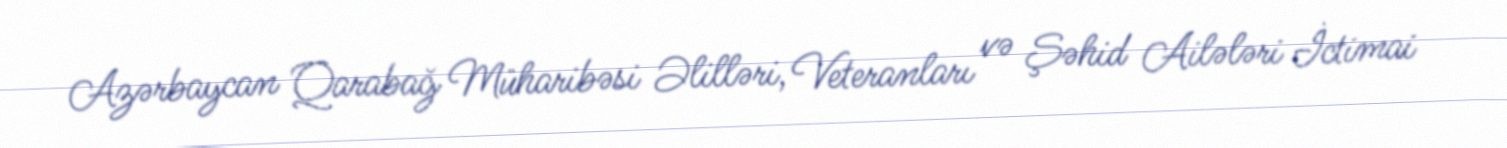
Azərbaycan Qarabağ Müharibəsi Əlilləri, Veteranları və Şəhid Ailələri İctimai